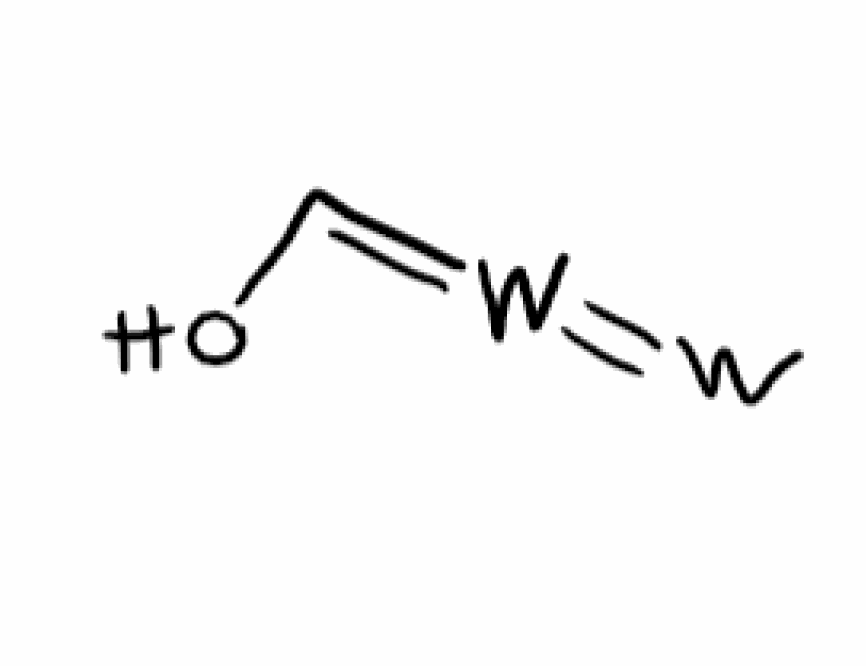
Simplified molecular-input line-entry system (SMILES) notation of the given molecule:
C(=[W]=[W])O